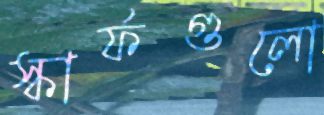
স্কার্ফগুলো